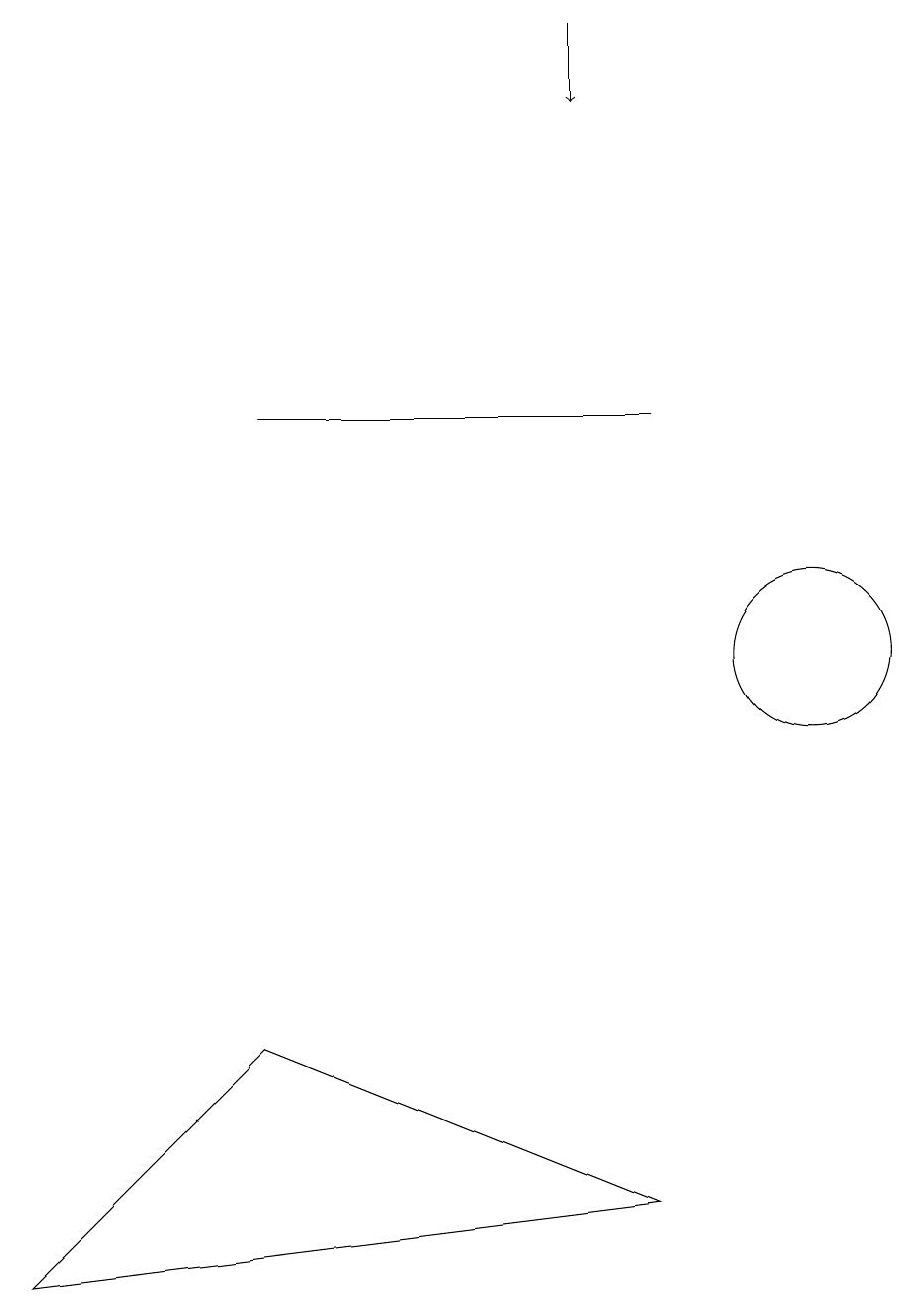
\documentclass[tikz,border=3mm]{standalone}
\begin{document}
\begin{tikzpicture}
\draw (9,14) rectangle (4,14);
\draw[->] (8,19) -- (8,18);
\draw (11,11) circle (1);
\draw (4,6) -- (9,4) -- (1,3) -- cycle;
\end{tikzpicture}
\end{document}